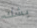
يشك